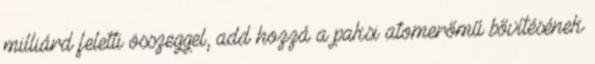
milliárd feletti összeggel, add hozzá a paksi atomerőmű bővítésének